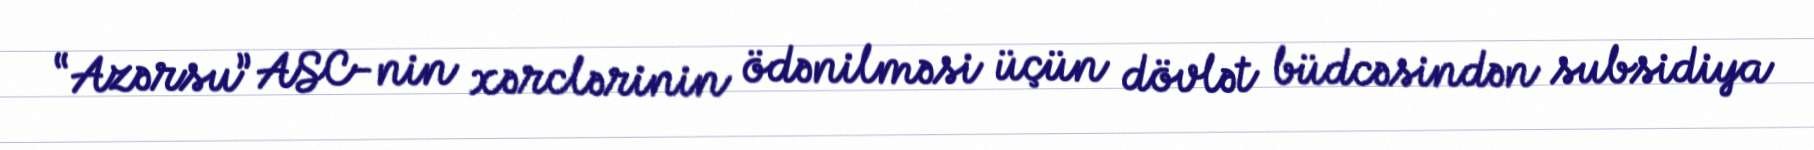
“Azərsu” ASC-nin xərclərinin ödənilməsi üçün dövlət büdcəsindən subsidiya